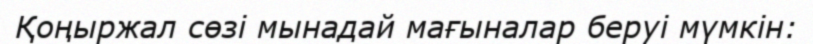
Қоңыржал сөзі мынадай мағыналар беруі мүмкін: